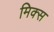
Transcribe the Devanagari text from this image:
मिक्‍स